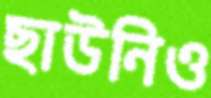
ছাউনিও